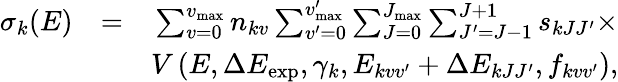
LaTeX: \begin{array}{rlr}{\sigma_{k}(E)}&{=}&{\sum_{v=0}^{v_{\mathrm{max}}}n_{kv}\sum_{v^{\prime}=0}^{v_{\mathrm{max}}^{\prime}}\sum_{J=0}^{J_{\mathrm{max}}}\sum_{J^{\prime}=J-1}^{J+1}s_{kJJ^{\prime}}\times}\\ &{}&{V\left(E,\Delta E_{\mathrm{exp}},\gamma_{k},E_{kvv^{\prime}}+\Delta E_{kJJ^{\prime}},f_{kvv^{\prime}}\right),}\end{array}